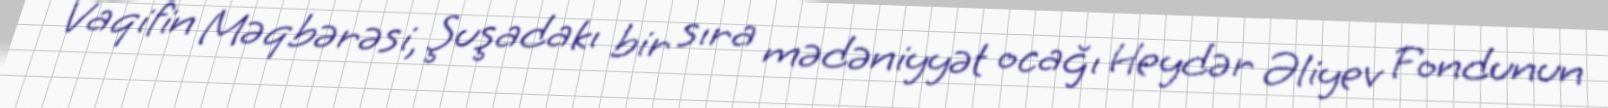
Vaqifin Məqbərəsi, Şuşadakı bir sıra mədəniyyət ocağı Heydər Əliyev Fondunun